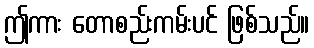
ဤကား တောစည်းကမ်းပင် ဖြစ်သည်။